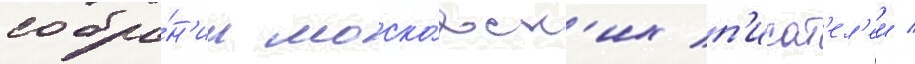
собра́н'ии моско́вск'их п'исат'ел'еи /